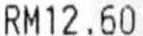
RM12.60